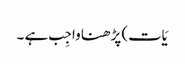
یَات) پڑھنا واجِب ہے ۔